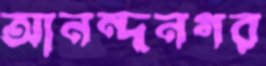
আনন্দনগর